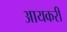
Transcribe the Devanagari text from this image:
आयकरी